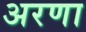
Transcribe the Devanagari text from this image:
अरणा